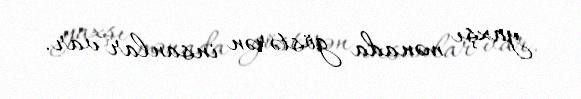
yaxşı mənada göstərən insanlar var.